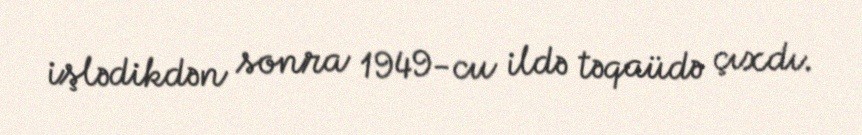
işlədikdən sonra 1949-cu ildə təqaüdə çıxdı.